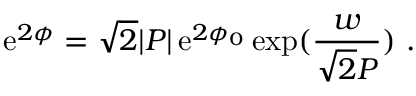
{ \mathrm { e } } ^ { 2 \phi } = \sqrt { 2 } | P | \, { \mathrm { e } } ^ { 2 \phi _ { 0 } } \, \mathrm { e x p } ( \frac { w } { \sqrt { 2 } P } ) \ .